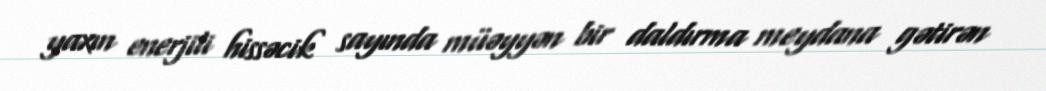
yaxın enerjili hissəcik sayında müəyyən bir daldırma meydana gətirən